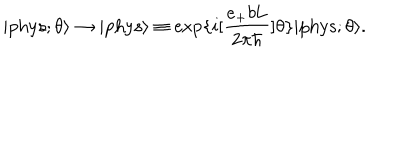
| \mathrm { p h y s } ; \theta \rangle \rightarrow | \mathrm { p h y s } \rangle \equiv \exp \{ i [ \frac { e _ { + } b \mathrm { L } } { 2 { \pi } { \hbar } } ] \theta \} | \mathrm { p h y s } ; \theta \rangle .